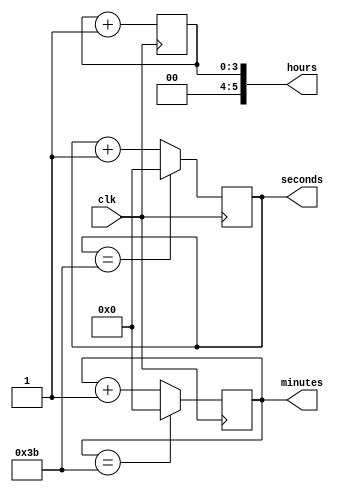
module clock_divider (
    input wire clk,
    output reg [5:0] hours,
    output reg [5:0] minutes,
    output reg [5:0] seconds
);

reg [3:0] hour_counter;
reg [5:0] minute_counter;
reg [5:0] second_counter;

always @(posedge clk) begin
    if (hour_counter == 23) begin
        hour_counter <= 0;
    end else begin
        hour_counter <= hour_counter + 1;
    end
end

always @(posedge clk) begin
    if (minute_counter == 59) begin
        minute_counter <= 0;
    end else begin
        minute_counter <= minute_counter + 1;
    end
end

always @(posedge clk) begin
    if (second_counter == 59) begin
        second_counter <= 0;
    end else begin
        second_counter <= second_counter + 1;
    end
end

assign hours = hour_counter;
assign minutes = minute_counter;
assign seconds = second_counter;

endmodule